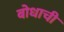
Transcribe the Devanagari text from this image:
बोधाची